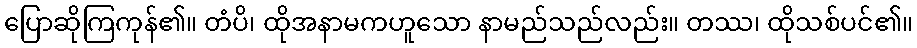
ပြောဆိုကြကုန်၏။ တံပိ၊ ထိုအနာမကဟူသော နာမည်သည်လည်း။ တဿ၊ ထိုသစ်ပင်၏။